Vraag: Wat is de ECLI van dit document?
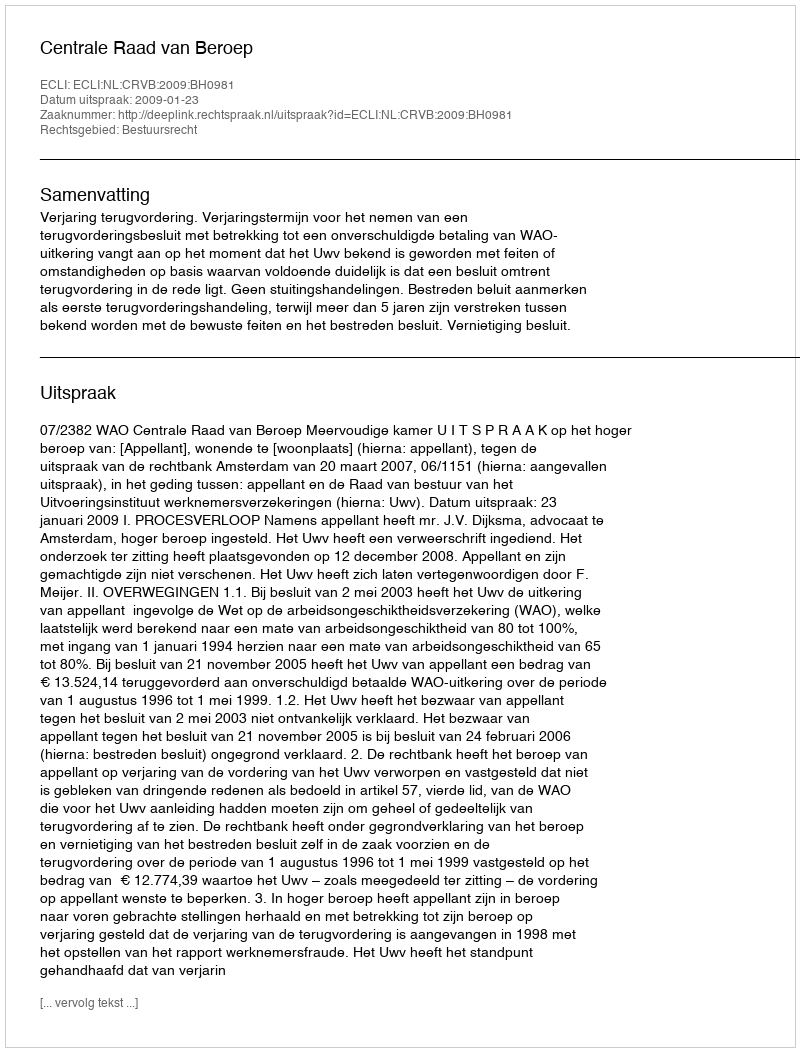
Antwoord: ECLI:NL:CRVB:2009:BH0981